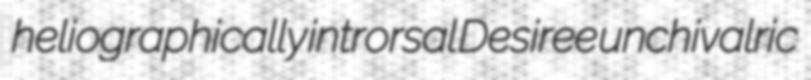
heliographically introrsal Desiree unchivalric